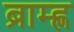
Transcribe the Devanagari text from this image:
ब्राम्ह्ण